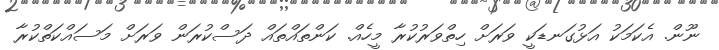
ނޫން. އެކަމަކު އަޅުގަނޑަކީ ވަރަށް ހިތްވަރުކުރާ މީހެއް. ކަންތައްތައް ދަސްކުރަން ވަރަށް މަސައްކަތްކުރާ